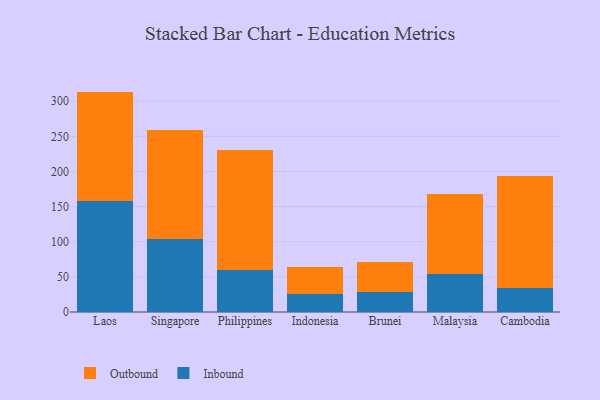
{"axis": {"x": "Country", "y": "Headcount"}, "legend": ["Inbound", "Outbound"], "data": [{"x": "Laos", "y": 158.6, "type": "Inbound"}, {"x": "Laos", "y": 155.1, "type": "Outbound"}, {"x": "Singapore", "y": 104.1, "type": "Inbound"}, {"x": "Singapore", "y": 154.7, "type": "Outbound"}, {"x": "Philippines", "y": 60.0, "type": "Inbound"}, {"x": "Philippines", "y": 170.4, "type": "Outbound"}, {"x": "Indonesia", "y": 26.3, "type": "Inbound"}, {"x": "Indonesia", "y": 37.1, "type": "Outbound"}, {"x": "Brunei", "y": 28.9, "type": "Inbound"}, {"x": "Brunei", "y": 42.8, "type": "Outbound"}, {"x": "Malaysia", "y": 54.8, "type": "Inbound"}, {"x": "Malaysia", "y": 113.6, "type": "Outbound"}, {"x": "Cambodia", "y": 34.0, "type": "Inbound"}, {"x": "Cambodia", "y": 159.6, "type": "Outbound"}]}